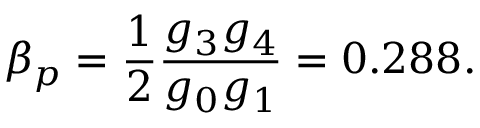
\beta _ { p } = \frac { 1 } { 2 } \frac { g _ { 3 } g _ { 4 } } { g _ { 0 } g _ { 1 } } = 0 . 2 8 8 .